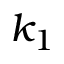
k _ { 1 }